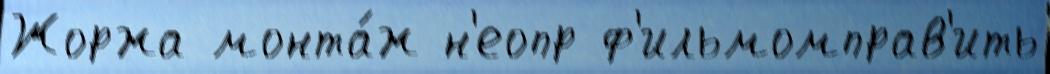
Жоржа монта́ж н'еопр ф'ильмомправ'ить